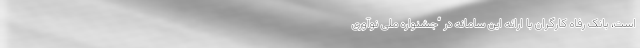
است، بانک رفاه کارگران با ارائه این سامانه در “جشنواره ملی نوآوری